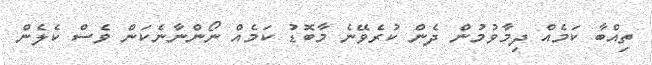
ތިއްބާ ކަމެއް ދިމާވުމުން ދެން ކުރެވޭނެ މާބޮޑު ކަމެއް ނޯންނާނެކަން ވެސް ކެލެން